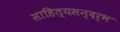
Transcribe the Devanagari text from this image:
साहित्यसन्दर्भ